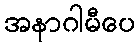
အနာဂါမီပေ